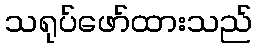
သရုပ်ဖော်ထားသည်